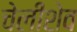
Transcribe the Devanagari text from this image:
चेलीशेव